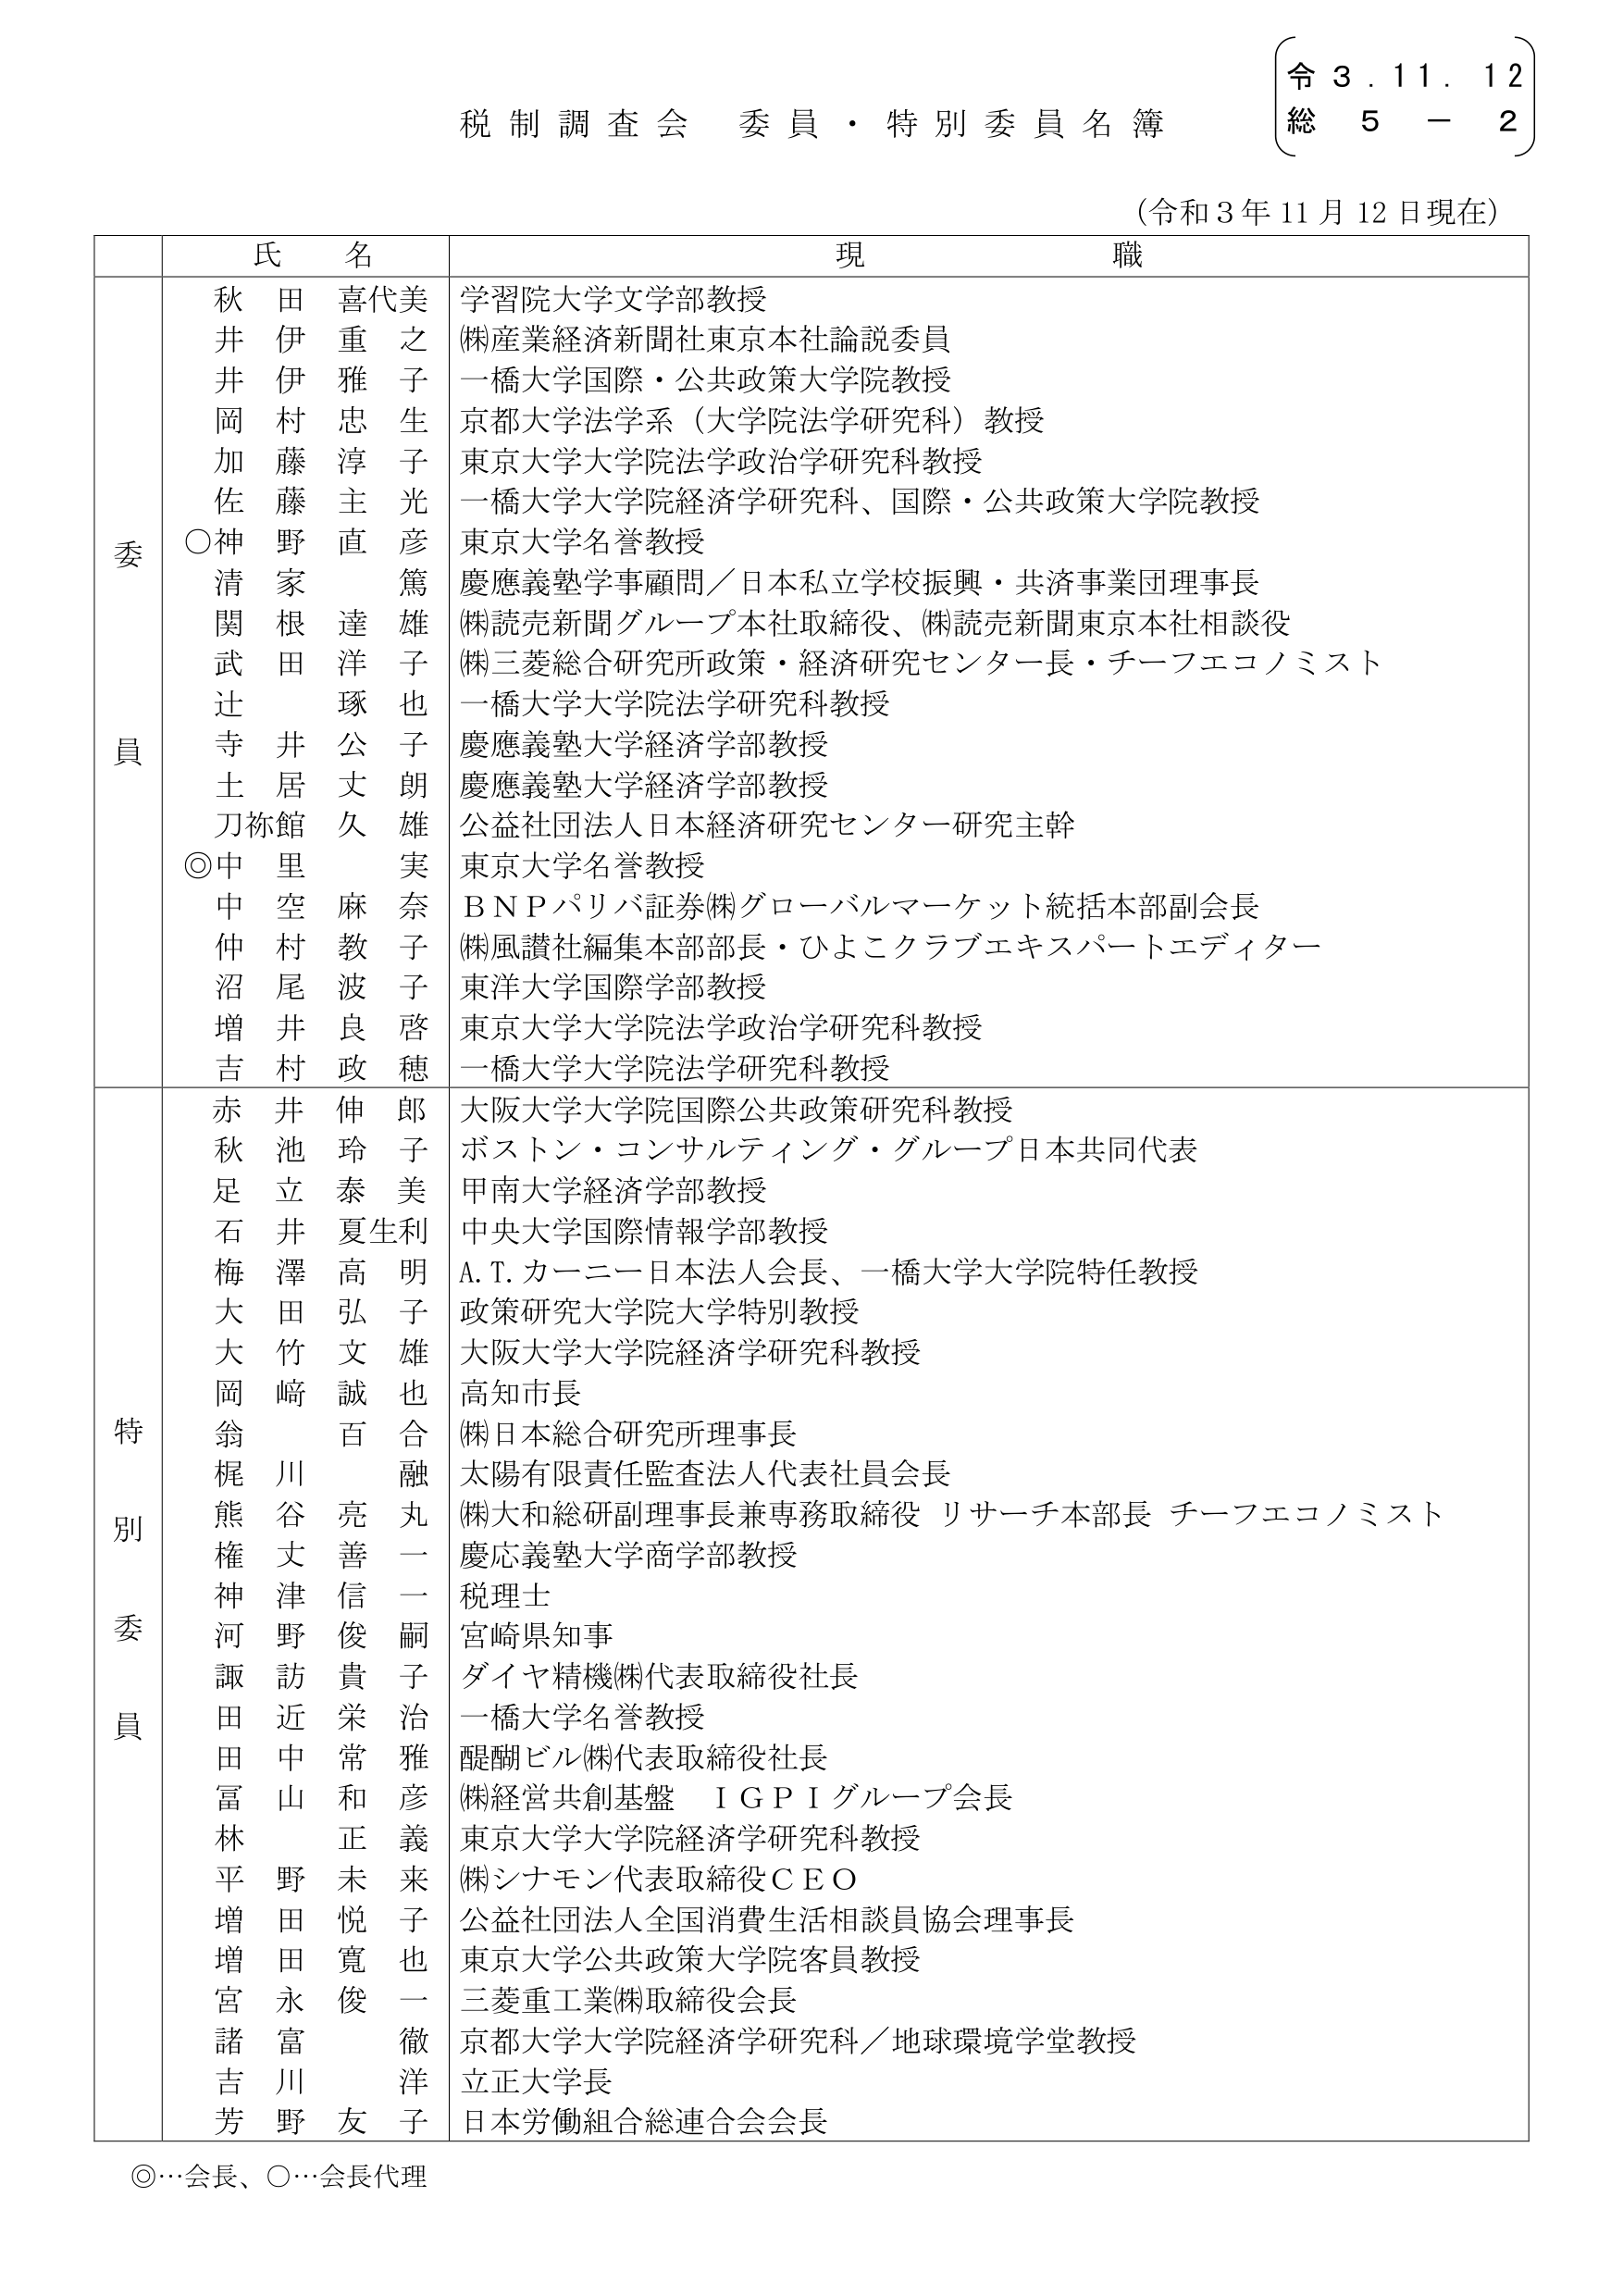
税制調査会 委員・特別委員名簿
（令和3年11月12日現在）

令 3. 11. 12
総 5 - 2

| | 氏名 | 現職 |
|---|---|---|
| 委員 | 秋田 喜代美 | 学習院大学文学部教授 |
| | 井伊 重之 | (株)産業経済新聞社東京本社論説委員 |
| | 井伊 雅子 | 一橋大学国際・公共政策大学院教授 |
| | 岡村 忠生 | 京都大学法学系（大学院法学研究科）教授 |
| | 加藤 淳子 | 東京大学大学院法学政治学研究科教授 |
| | 佐藤 主光 | 一橋大学大学院経済学研究科、国際・公共政策大学院教授 |
| | ○神野 直彦 | 東京大学名誉教授 |
| | 清家 篤 | 慶應義塾学事顧問／日本私立学校振興・共済事業団理事長 |
| | 関根 達雄 | (株)読売新聞グループ本社取締役、(株)読売新聞東京本社相談役 |
| | 武田 洋子 | (株)三菱総合研究所政策・経済研究センター長・チーフエコノミスト |
| | 辻田 琢也 | 一橋大学大学院法学研究科教授 |
| | 寺井 公子 | 慶應義塾大学経済学部教授 |
| | 土居 丈朗 | 慶應義塾大学経済学部教授 |
| | 刀祢館 久雄 | 公益社団法人日本経済研究センター研究主幹 |
| | ◎中里 実 | 東京大学名誉教授 |
| | 中空 麻奈 | ＢＮＰパリバ証券(株)グローバルマーケット統括本部副本長 |
| | 仲村 教子 | (株)風讃社編集本部部長・ひよこクラブエキスパートエディター |
| | 沼尾 波子 | 東洋大学国際学部教授 |
| | 増井 良啓 | 東京大学大学院法学政治学研究科教授 |
| | 吉村 政穂 | 一橋大学大学院法学研究科教授 |
| 特別委員 | 赤井 伸郎 | 大阪大学大学院国際公共政策研究科教授 |
| | 秋池 玲子 | ボストン・コンサルティング・グループ日本共同代表 |
| | 足立 泰美 | 甲南大学経済学部教授 |
| | 石井 夏生利 | 中央大学国際情報学部教授 |
| | 梅澤 高明 | Ａ.Ｔ.カーニー日本法人会長、一橋大学大学院特任教授 |
| | 大田 弘子 | 政策研究大学院大学特別教授 |
| | 大竹 文雄 | 大阪大学大学院経済学研究科教授 |
| | 岡﨑 誠也 | 高知市長 |
| | 翁 百合 | (株)日本総合研究所理事長 |
| | 梶川 融 | 太陽有限責任監査法人代表社員会長 |
| | 熊谷 亮丸 | (株)大和総研副理事長兼専務取締役 リサーチ本部長 チーフエコノミスト |
| | 権丈 善一 | 慶応義塾大学商学部教授 |
| | 神津 信一 | 税理士 |
| | 河野 俊嗣 | 宮崎県知事 |
| | 諏訪 貴子 | ダイヤ精機(株)代表取締役社長 |
| | 田近 栄治 | 一橋大学名誉教授 |
| | 田中 常雅 | 醍醐ビル(株)代表取締役社長 |
| | 富山 和彦 | (株)経営共創基盤 ＩＧＰＩグループ会長 |
| | 林 正義 | 東京大学大学院経済学研究科教授 |
| | 平野 未来 | (株)シナモン代表取締役ＣＥＯ |
| | 増田 悦子 | 公益社団法人全国消費生活相談員協会理事長 |
| | 増田 寛也 | 東京大学公共政策大学院客員教授 |
| | 宮永 俊一 | 三菱重工業(株)取締役会長 |
| | 諸富 徹 | 京都大学大学院経済学研究科／地球環境学堂教授 |
| | 吉川 洋 | 立正大学長 |
| | 芳野 友子 | 日本労働組合総連合会会長 |

◎…会長、○…会長代理